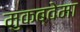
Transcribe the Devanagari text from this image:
मुकब्वेमा